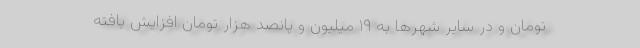
تومان و در سایر شهر‌ها به ۱۹ میلیون و پانصد هزار تومان افزایش یافته